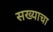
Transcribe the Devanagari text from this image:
सख्याचा